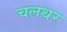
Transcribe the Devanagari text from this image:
चलथर